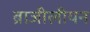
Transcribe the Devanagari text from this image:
ब्राजीलीयन